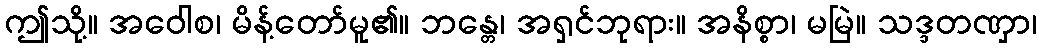
ဤသို့။ အဝေါစ၊ မိန့်တော်မူ၏။ ဘန္တေ၊ အရှင်ဘုရား။ အနိစ္စာ၊ မမြဲ။ သဒ္ဒတဏှာ၊